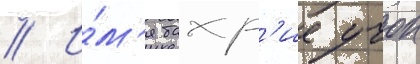
// И́м'я бахр'ие учок